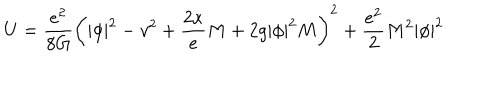
LaTeX: U = \frac { e ^ { 2 } } { 8 G } \left( | \phi | ^ { 2 } - v ^ { 2 } + \frac { 2 \kappa } e M + 2 g | \phi | ^ { 2 } M \right) ^ { 2 } + \frac { e ^ { 2 } } 2 M ^ { 2 } | \phi | ^ { 2 }